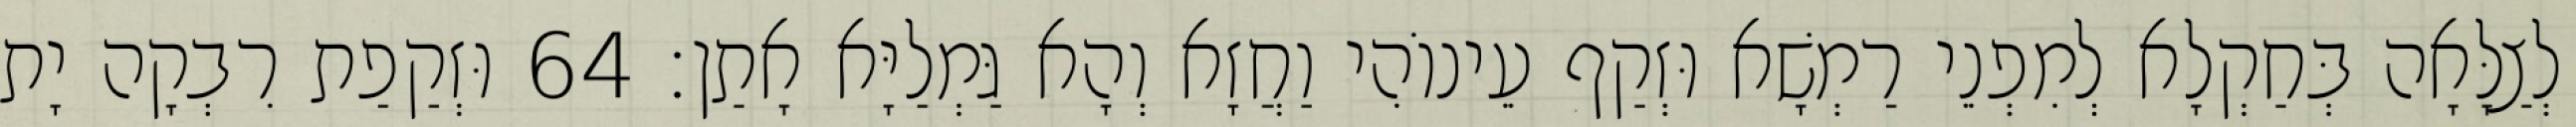
לְצַלָּאָה בְּחַקְלָא לְמִפְנֵי רַמְשָׁא וּזְקַף עֵינוֹהִי וַחֲזָא וְהָא גַּמְלַיָּא אָתַן׃ 64 וּזְקַפַת רִבְקָה יָת